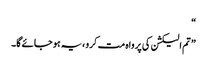
“
” تم الیکشن کی پرواہ مت کرو ،یہ ہو جائے گا۔